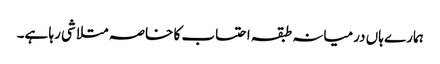
ہمارے ہاں درمیانہ طبقہ احتساب کا خاصہ متلاشی رہا ہے۔